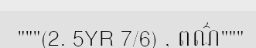
"""(2. 5YR 7/6) , ពណ៌"""